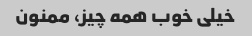
خیلی خوب همه چیز، ممنون